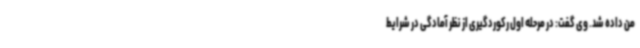
من داده شد. وی گفت: در مرحله اول رکوردگیری از نظر آمادگی در شرایط